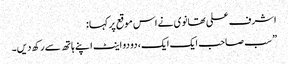
اشرف علی تھانوی نے اس موقع پر کہا :
” سب صاحب ایک ایک، دو دو اینٹ اپنے ہاتھ سے رکھ دیں۔